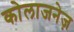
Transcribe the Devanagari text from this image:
कोलाजनेज़